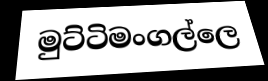
මුට්ටිමංගල්ලෙ